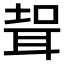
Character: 𱻹